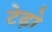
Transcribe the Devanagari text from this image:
टेढ़ो